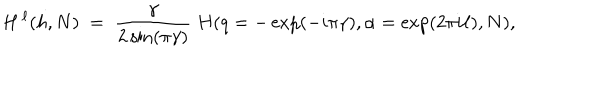
H ^ { \, \ell } ( h , N ) \; = \; \frac { \gamma } { 2 \sin ( \pi \gamma ) } \; H ( q = - \exp ( - i \pi \gamma ) , \alpha = \exp ( 2 \pi i \ell ) , N ) ,